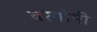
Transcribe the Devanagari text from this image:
बरगोमी